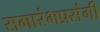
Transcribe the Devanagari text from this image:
समारंभप्रसंगी